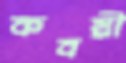
কবয়ী